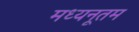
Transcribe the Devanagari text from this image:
मध्यनूतम